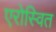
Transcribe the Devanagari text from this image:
एरोस्वित